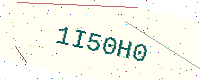
Text: 1I50H0